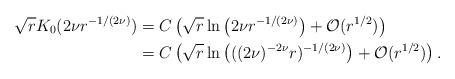
LaTeX: \begin{align*}\sqrt{r}K_{0}(2\nu r^{-1/(2\nu)}) &= C\left(\sqrt{r}\ln\left(2\nu r^{-1/(2\nu)}\right)+\mathcal{O}(r^{1/2})\right)\\&= C\left(\sqrt{r}\ln\left(((2\nu)^{-2\nu} r)^{-1/(2\nu)}\right)+\mathcal{O}(r^{1/2})\right).\end{align*}